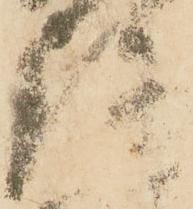
弘